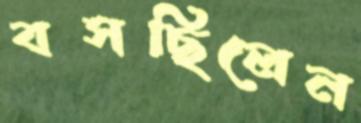
বসছিলেন